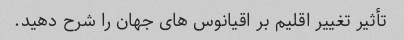
تأثیر تغییر اقلیم بر اقیانوس های جهان را شرح دهید.